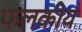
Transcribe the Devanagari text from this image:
फलकीय